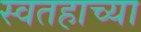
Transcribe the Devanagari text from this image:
स्वतहाच्या